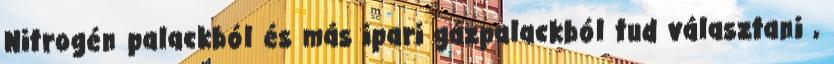
Nitrogén palackból és más ipari gázpalackból tud választani ,